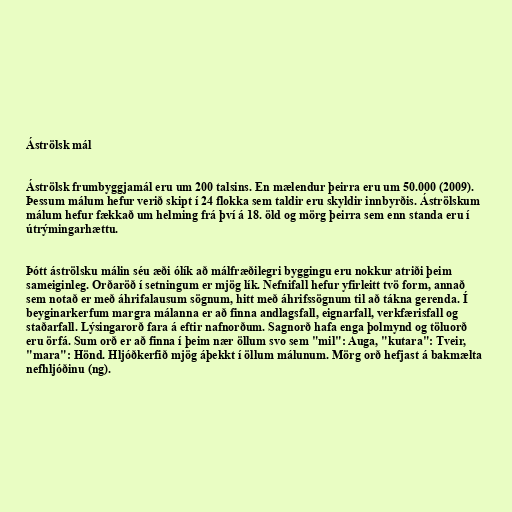
Áströlsk mál

Áströlsk frumbyggjamál eru um 200 talsins. En mælendur þeirra eru um 50.000 (2009).
Þessum málum hefur verið skipt í 24 flokka sem taldir eru skyldir innbyrðis. Áströlskum
málum hefur fækkað um helming frá því á 18. öld og mörg þeirra sem enn standa eru í
útrýmingarhættu.

Þótt áströlsku málin séu æði ólík að málfræðilegri byggingu eru nokkur atriði þeim
sameiginleg. Orðaröð í setningum er mjög lík. Nefnifall hefur yfirleitt tvö form, annað
sem notað er með áhrifalausum sögnum, hitt með áhrifssögnum til að tákna gerenda. Í
beyginarkerfum margra málanna er að finna andlagsfall, eignarfall, verkfærisfall og
staðarfall. Lýsingarorð fara á eftir nafnorðum. Sagnorð hafa enga þolmynd og töluorð
eru örfá. Sum orð er að finna í þeim nær öllum svo sem "mil": Auga, "kutara": Tveir,
"mara": Hönd. Hljóðkerfið mjög áþekkt í öllum málunum. Mörg orð hefjast á bakmælta
nefhljóðinu (ng).